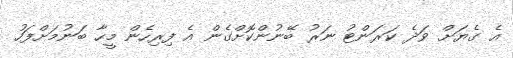
އެ ގެޔަށް ވަދެ ކަރަންޓު ނަރު ބޭނުންކޮށްގެން އެ ފިރިހެން މީހާ ބަނުމަށްފަހު